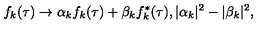
f _ { k } ( \tau ) \to \alpha _ { k } f _ { k } ( \tau ) + \beta _ { k } f _ { k } ^ { * } ( \tau ) , | \alpha _ { k } | ^ { 2 } - | \beta _ { k } | ^ { 2 } ,